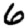
Digit: 6